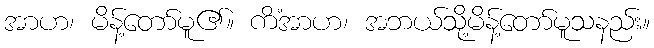
အာဟ၊ မိန့်တော်မူ၏။ ကိံအာဟ၊ အဘယ်သို့မိန့်တော်မူသနည်း။